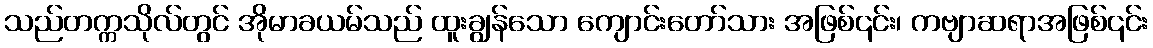
သည်တက္ကသိုလ်တွင် အိုမာခယမ်သည် ထူးချွန်သော ကျောင်းတော်သား အဖြစ်၎င်း၊ ကဗျာဆရာအဖြစ်၎င်း